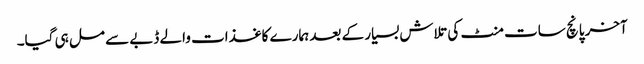
آخر پانچ سات منٹ کی تلاش بسیار کے بعد ہمارے کاغذات والے ڈبے سے مل ہی گیا۔